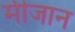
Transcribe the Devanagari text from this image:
मीजान